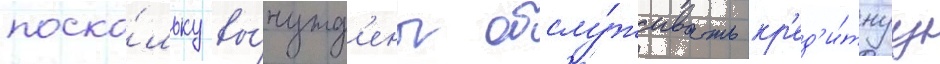
поско́льку вы́нужд'ены обслу́живать кр'ед'и́тнуу